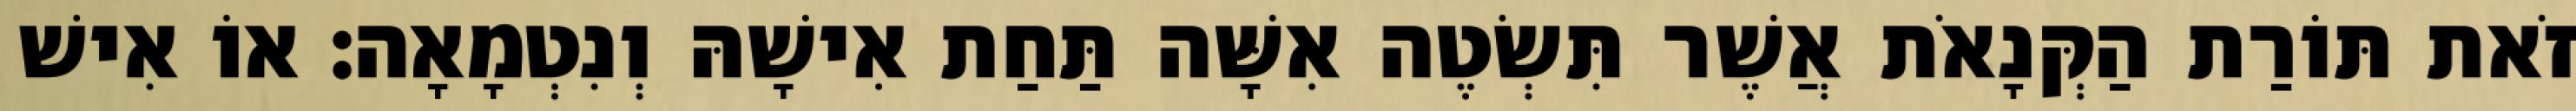
זֹאת תּוֹרַת הַקְּנָאֹת אֲשֶׁר תִּשְׂטֶה אִשָּׁה תַּחַת אִישָׁהּ וְנִטְמָאָה׃ אוֹ אִישׁ